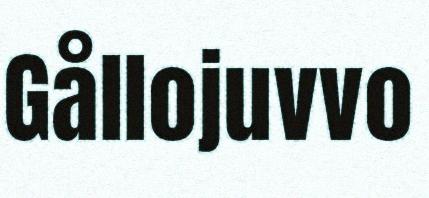
Gållojuvvo